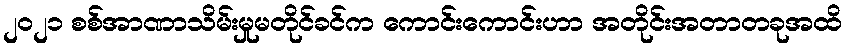
၂၀၂၁ စစ်အာဏာသိမ်းမှုမတိုင်ခင်က ကောင်းကောင်းဟာ အတိုင်းအတာတခုအထိ